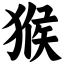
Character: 猴